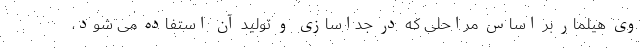
وی هیلمار بر اساس مراحلی که در جداسازی و تولید آن استفاده می شود،